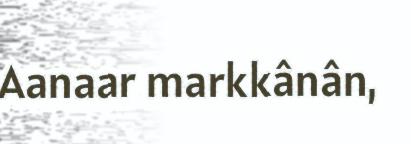
Aanaar markkânân,